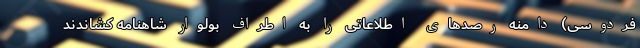
فردوسی) دامنه رصد‌های اطلاعاتی را به اطراف بولوار شاهنامه کشاندند